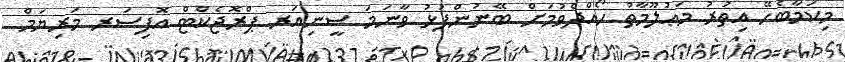
މިކަމާބެހޭ އިތުރު މަޢުލޫމާތު ހޯއްދެވުމަށް ބޭނުންފުޅު ވާނަމަ ސީނިއަރ ޕްރޮޖެކްޓް އޮފިސަރ މަރިޔަމް